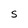
Character: S